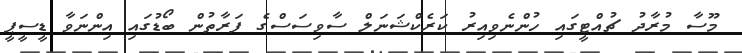
މޫސާ މުރާދު ޗުއްޓީގައި ހުންނެވިއިރު ކަރެކްޝަނަލް ސާވިސަސްގެ ފަރާތުން ބޯޑުގައި އިންނަވާ ޑީސީޕީ